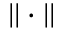
| | \cdot | |